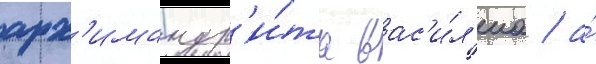
арх'имандр'и́та вас'и́л'иа / а́